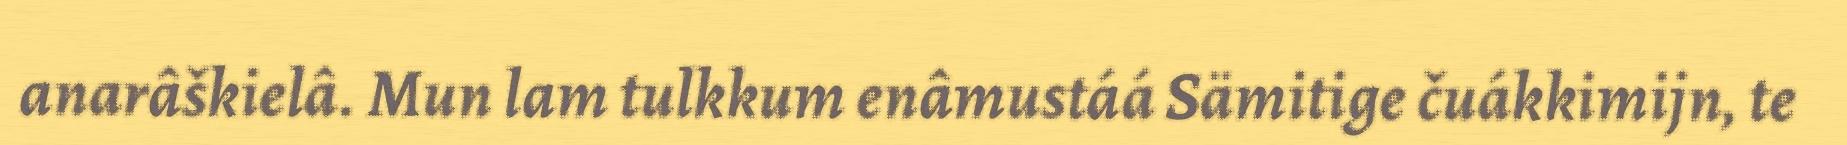
anarâškielâ. Mun lam tulkkum enâmustáá Sämitige čuákkimijn, te